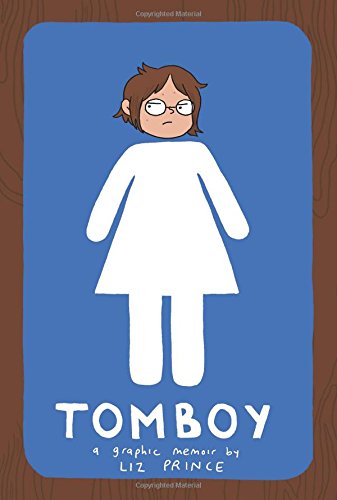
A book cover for Tomboy: A Graphic Memoir; Liz Prince; Teen & Young Adult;